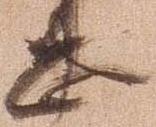
忠